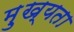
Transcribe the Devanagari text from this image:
मु़ख्यता